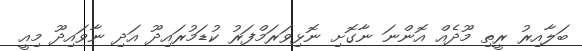
ބަލާއިރު ރީތި މޫދެއް އޮންނަ ނާގޮށި ނޮޅިވަރަމްފަރު ކުޑަމުރައިދޫ އަދި ނާވައިދޫ މިއީ